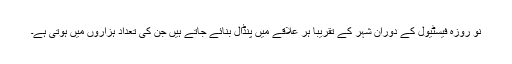
نو روزہ فیسٹیول کے دوران شہر کے تقریباً ہر علاقے میں پنڈال بنائے جاتے ہیں جن کی تعداد ہزاروں میں ہوتی ہے۔